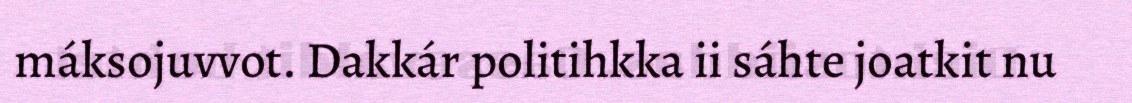
máksojuvvot. Dakkár politihkka ii sáhte joatkit nu